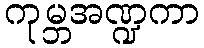
ကုမ္ဘအဏ္ဍကာ